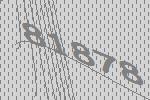
81878